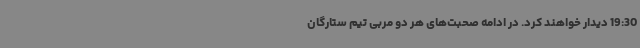
19:30 دیدار خواهند کرد. در ادامه صحبت‌های هر دو مربی تیم ستارگان